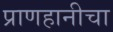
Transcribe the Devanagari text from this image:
प्राणहानीचा